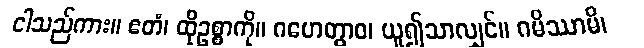
ငါသည်ကား။ ဧတံ၊ ထိုဥစ္စာကို။ ဂဟေတွာဝ၊ ယူ၍သာလျှင်။ ဂမိဿာမိ၊